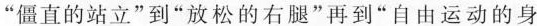
”僵直的站立”到”放松的右腿”再到”自由运动的身